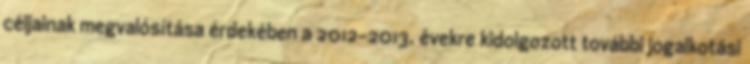
céljainak megvalósítása érdekében a 2012–2013. évekre kidolgozott további jogalkotási